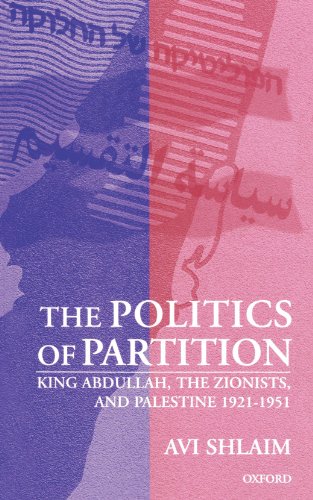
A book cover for The Politics of Partition: King Abdullah, the Zionists, and Palestine 1921-1951; Avi Shlaim; History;